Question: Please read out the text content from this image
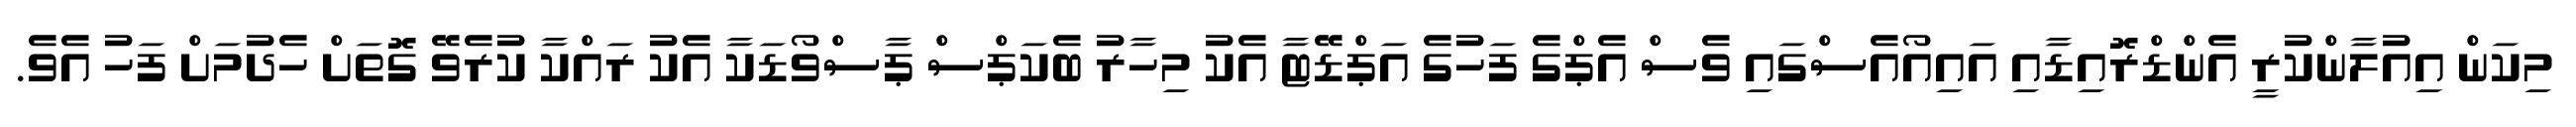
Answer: މިކަން އިއުލާންކުރީ އެންޑްރޮއިޑާއި އައިއޯއެސްގައި ވެސް އެޕްގެ ފަހުގެ އަޕްޑޭޓާ އެކު މިހާރު ބެކަޕްސް ޕާސްވޯޑަކާ އެކު ރައްކާ ކުރެވޭ ގޮތަށް ހެދުމަށް ފަހު އެވެ.